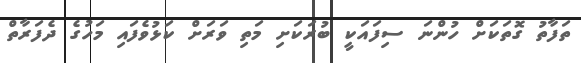
ތަފާތު ގޮތަކަށް ހުންނަ ސިފައަކީ ބުރަކަށި މަތި ވަރަށް ކަޅުވެފައި މަހުގެ ދެފަރާތް